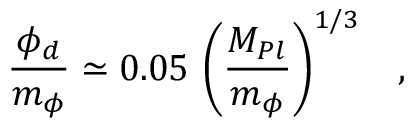
\frac { \phi _ { d } } { m _ { \phi } } \simeq 0 . 0 5 \, \left( \frac { M _ { P l } } { m _ { \phi } } \right) ^ { 1 / 3 } \; \; \; ,